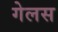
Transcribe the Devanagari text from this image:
गेलस